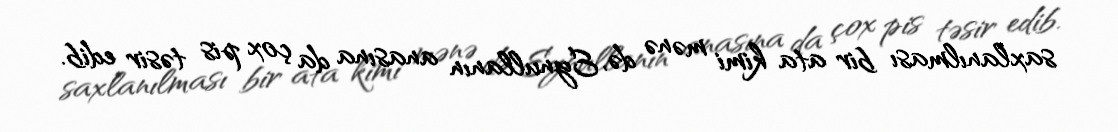
saxlanılması bir ata kimi mənə də, Eynullanın anasına da çox pis təsir edib.